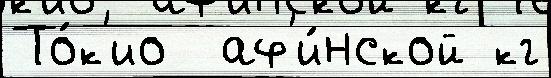
То́к'ио  аф'и́нской кг